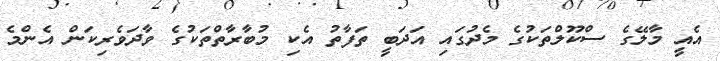
އެއީ މާލޭގެ ސްކޫލްތަކުގެ މެދުގައި އަދަބީ ތަފާތު އެކި މުބާރާތްތަކުގެ ވާދަވެރިކަން އެންމެ